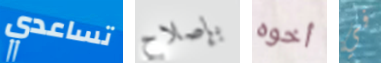
تساعدي بإصلاح أخوه في